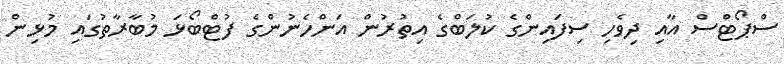
ސްޕޯޓްސް އާއި ދިވެހި ސިފައިންގެ ކުލަބްގެ އިތުރުން އަންހެނުންގެ ފުޓްބޯޅަ މުބާރާތުގައި މުޅިން